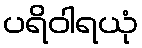
ပရိဝါရယုံ